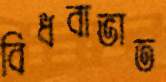
বিধবাভাত